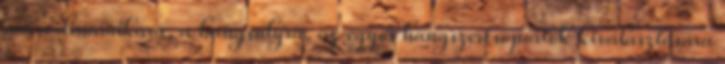
ám a dinamikára, a hangsúlyra, az egyes hangszercsoportok kiválasztására